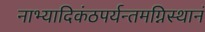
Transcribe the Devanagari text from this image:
नाभ्यादिकंठपर्यन्तमग्निस्थानं